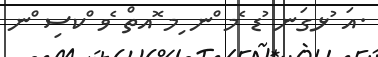
.އަ ުޅގަނ ުޑ ެމ ްނ ިމ ޮއތް ެވ ްކސި ްނ